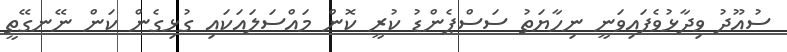
ސުއޫދު ވިދާޅުވެފައިވަނީ ނިހާޔަތު ސަސްޕެންޑު ކުރީ ކޮން މައްސަލައަކައި ގުޅިގެން ކަން ނޭނގޭތީ